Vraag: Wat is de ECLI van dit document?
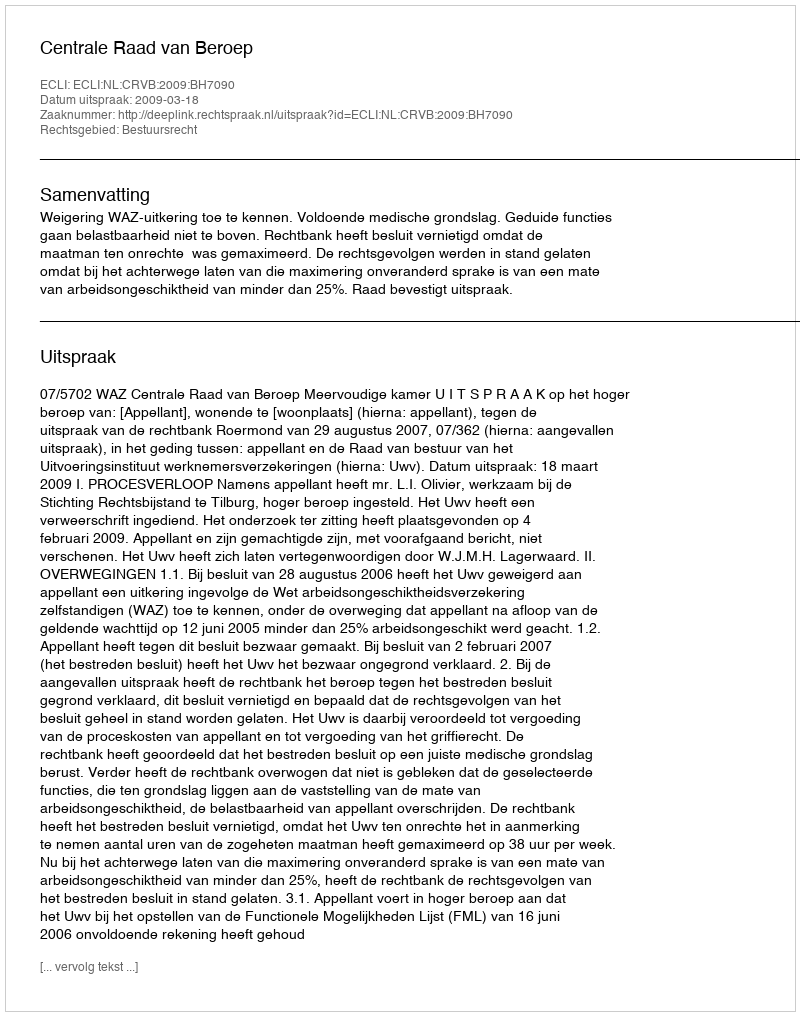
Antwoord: ECLI:NL:CRVB:2009:BH7090